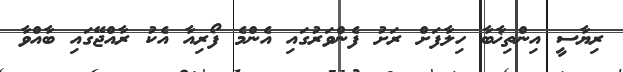
ރިޔާސީ އިންތިޚާބާ ހިލާފަށް ރަށު ފެންވަރުގައި އެންމެ ފޯރިއާ އެކު ރާއްޖޭގައި ބާއްވާ